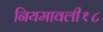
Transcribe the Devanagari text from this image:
नियमावली१८